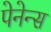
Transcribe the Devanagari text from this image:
पेनेन्स